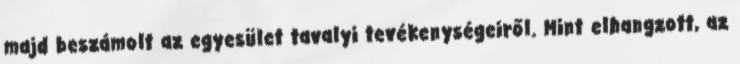
majd beszámolt az egyesület tavalyi tevékenységeiről. Mint elhangzott, az